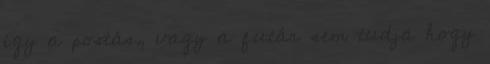
így a postás, vagy a futár sem tudja hogy